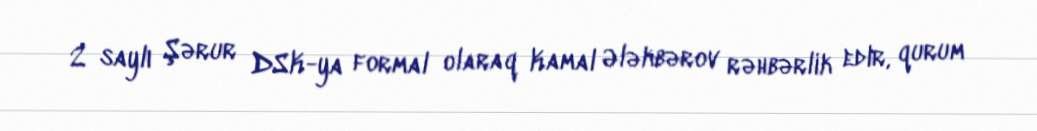
2 saylı Şərur DSK-ya formal olaraq Kamal Ələkbərov rəhbərlik edir, qurum